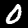
Label: 0